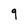
Character: 9